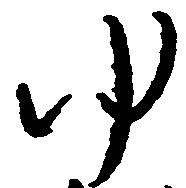
ゆ